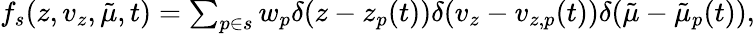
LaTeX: \begin{array}{r}{f_{s}(z,v_{z},\tilde{\mu},t)=\sum_{p\in s}w_{p}\delta(z-z_{p}(t))\delta(v_{z}-v_{z,p}(t))\delta(\tilde{\mu}-\tilde{\mu}_{p}(t)),}\end{array}